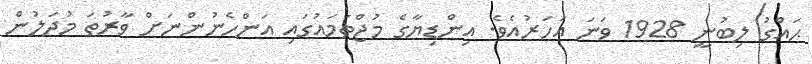
ޙައްގު ލިބުނީ 1928 ވަނަ އަހަރުއެވެ. އިންޑިޔާގެ މުޖްތަމައުގައި އަންހެނުންނަށް ވާރުތަ މުދަލުން